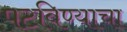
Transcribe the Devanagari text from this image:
पटविण्याचा